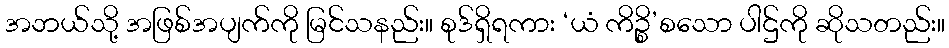
အဘယ်သို့ အဖြစ်အပျက်ကို မြင်သနည်း။ စုဒ်ရှိရကား ‘ယံ ကိဉ္စိ’စသော ပါဌ်ကို ဆိုသတည်း။